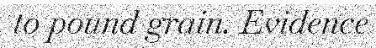
to pound grain. Evidence